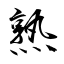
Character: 熟